Loodushoiu_ja_Turismi_Instituut, lk 60
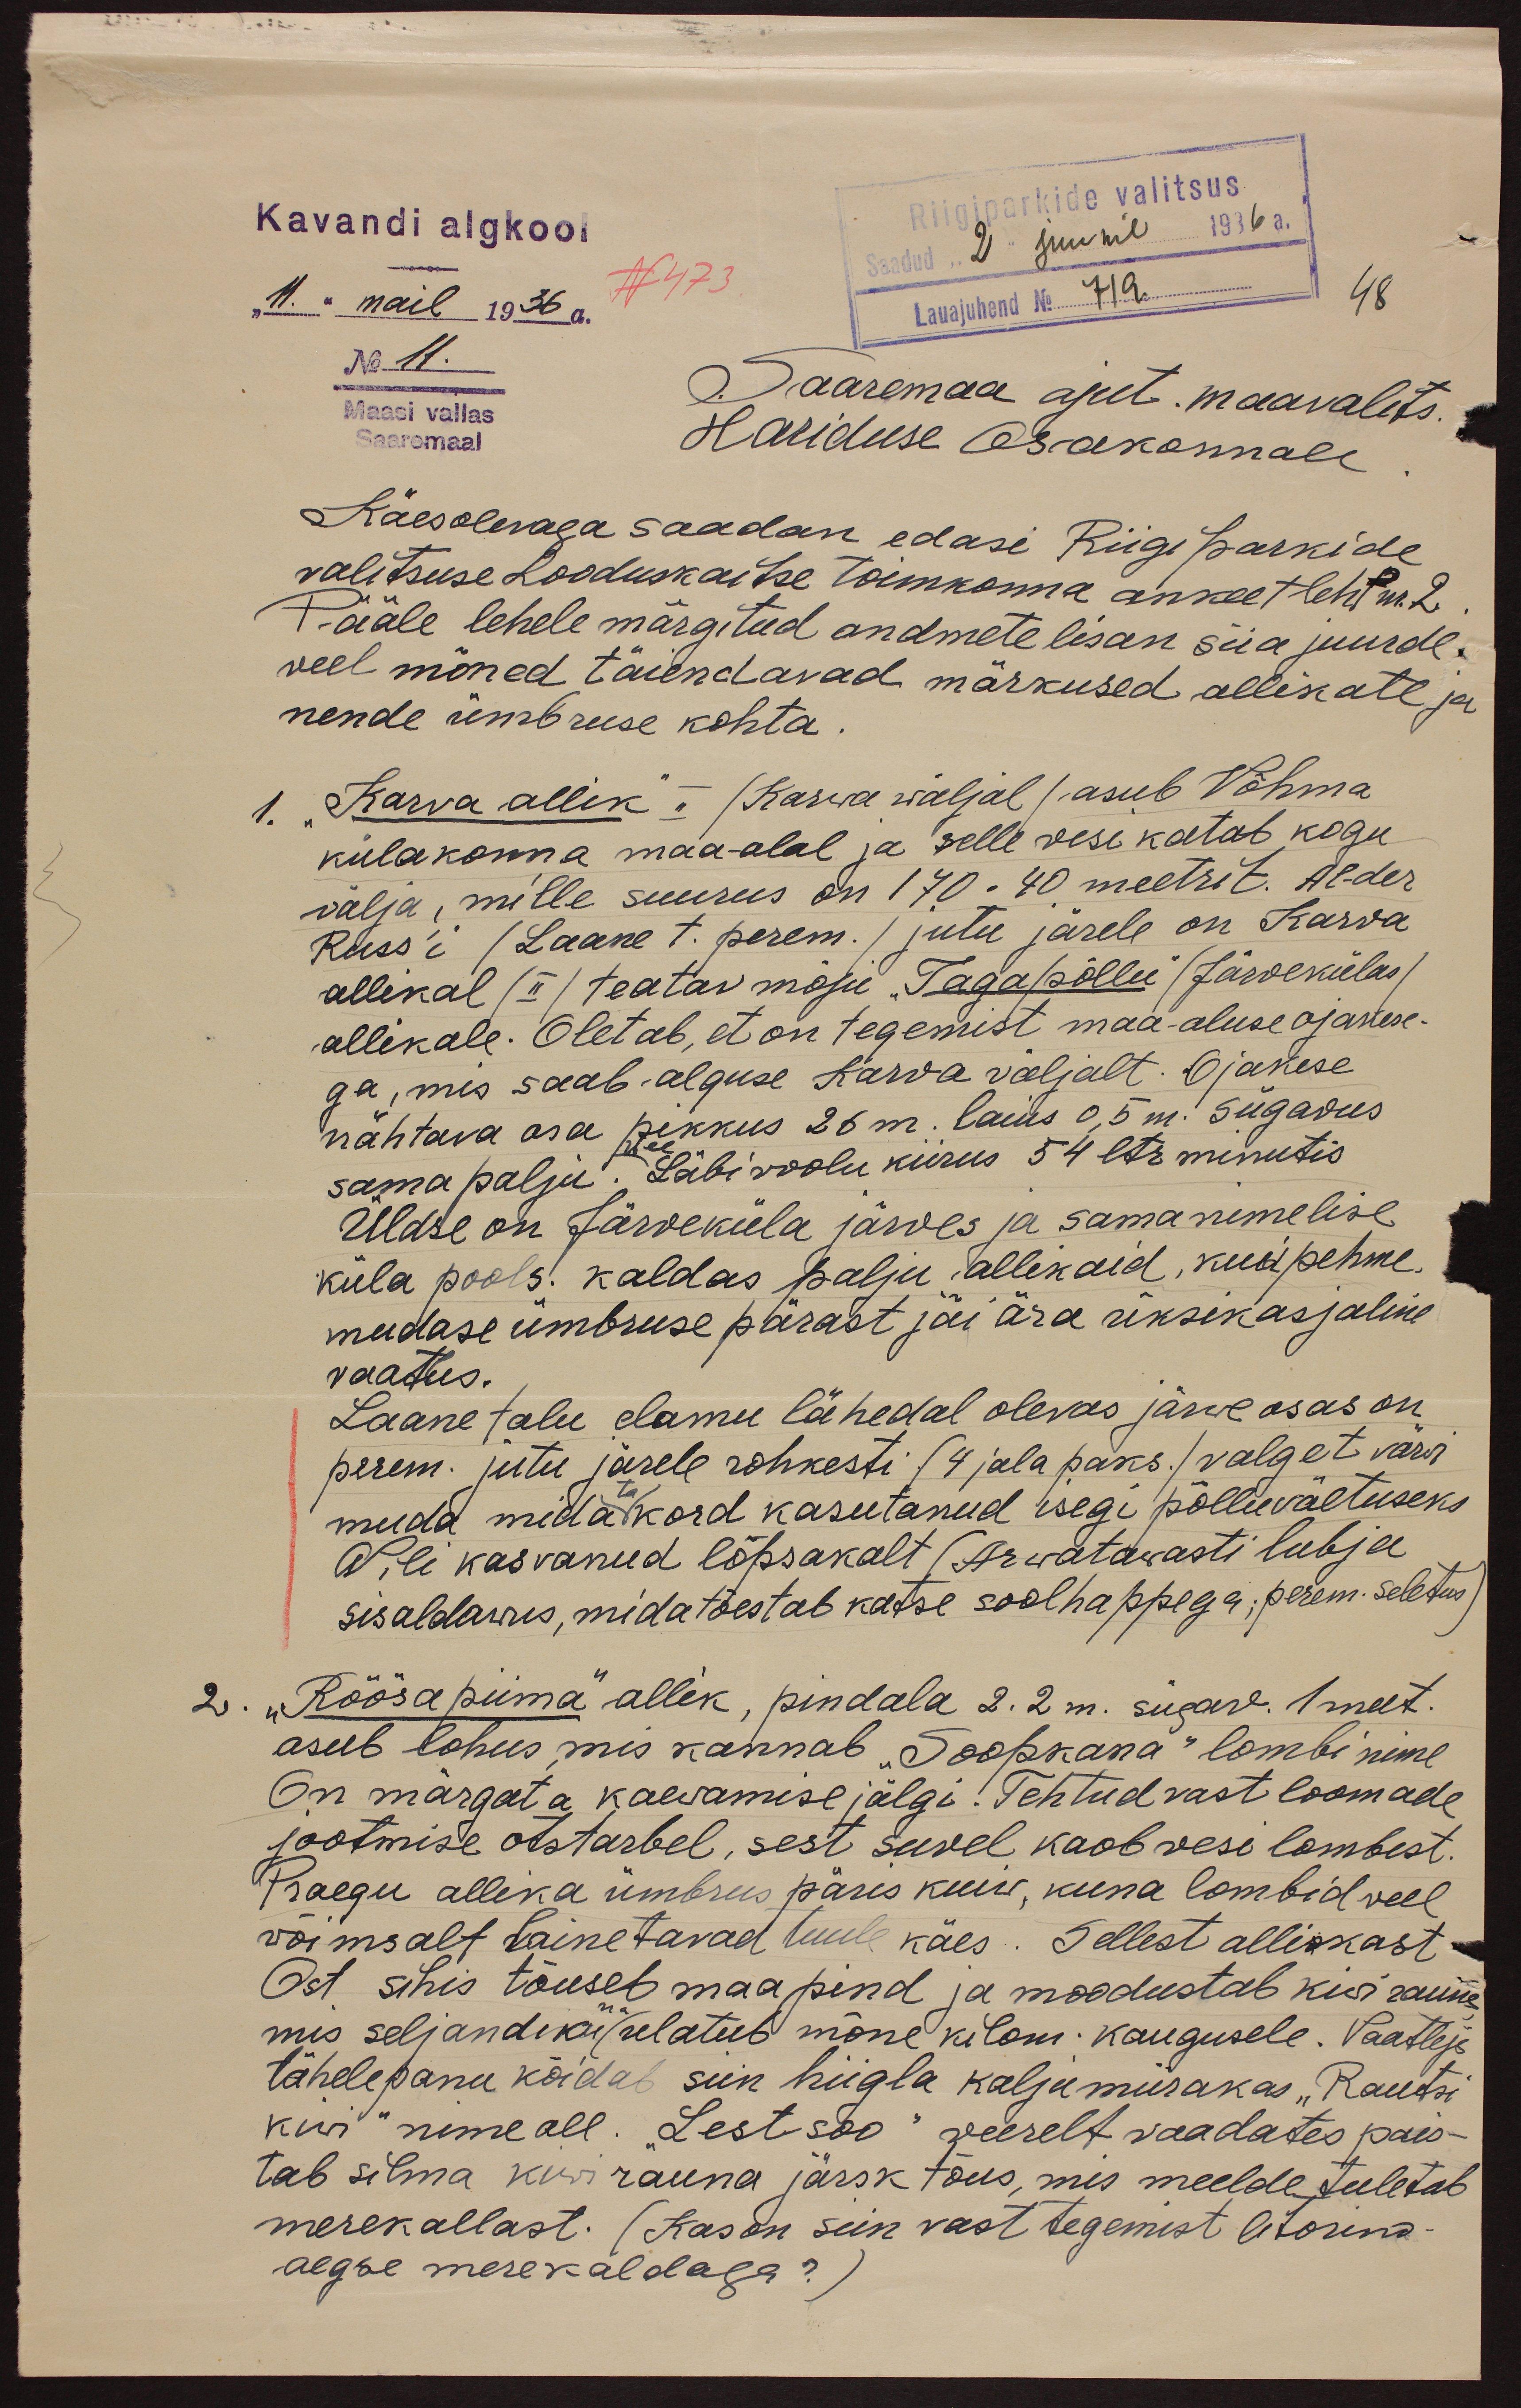
Kavandi algkool
Riigiparkide valitsus
Saadud "2" juunil 1936 a.
"11" mail 1936 a.
N 473
48
Lauajuhend No 719
Maasi vallas
No 11.
Saaremaa ajut. maavalits.
Saaremaal
Hariduse osakonnale
Käesolevaga saadan edasi Riigiparkide
valitsuse Looduskaitse toimkonna ankeet leht nr. 2
Pääle lehele märgitud andmete lisan siia juurde
veel mõned täiendavad märkused allikate ja
nende ümbruse kohta.
1. „Karva allik", (Karwa wäljal) asub Võhma
külakonna maa-alal ja selle vesi katab, kogu
välja, mille suurus on 170 ∙ 40 meetrit. Al-der
Russ´i /Laane t. perem./ jutu järele on Karva
allikal /II/ teatav mõju "Tagapõllu" /Järvekülas/
allikale. Oletab, et on tegemist maa-aluse ojakese-
ga, mis saab alguse Karva väljalt. Ojakese
nähtava osa pikkus 26 m. laius 0,5 m. Sügadus
sama palju. Läbi voolu kiirus 54 ltr minutis
wee
Üldse on Järveküla järves ja sama nimelise
küla pools. kaldas palju allikaid, kui pehme,
mudase ümbruse pärast jäi ära üksikasjaline
vaatus.
Laane talu elamu lähedal olevas järwe osas on
perem. jutu järele rohkesti (4 jala paks.) valget värvi
muda mida ta kord kasutanud isegi põlluväetuseks
Oli kasvanud lopsakalt (Arwatawasti lubja
sisalduwus, mida tõestab katse soolhappega; perem. seletus)
2. "Rõõsapiima" allik, pindala 2∙2 m. sügav. 1 meet.
asub lohus, mis kannab "Soopkana" lombi nime
On märgata kaewamise jälgi. Tehtud vast loomade
jootmise otstarbel, sest suvel kaob vesi lombest.
Praegu allika ümbrus päris kuiw, kuna lombid veel
võimsalt lainetavad tuule käes. Sellest allikkast
Ost sihis tõuseb maapind ja moodustab kiwi ranna
mis seljandikuna (ulatub mõne kilom. kaugusele. Vaatleja
tähelepanu köidab siin hiigla kaljumürakas "Rautsi
kiwi" nime all. " Lest soo" weerelt vaadates pais-
tab silma kiwi rauna järsk tõus, mis meelde tuletab
merekallast. (Kas on siin vast tegemist litorind
aegse merekaldaga?